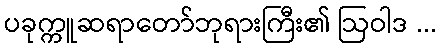
ပခုက္ကူဆရာတော်ဘုရားကြီး၏ ဩဝါဒ ...